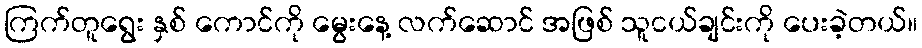
ကြက်တူရွေး နှစ် ကောင်ကို မွေးနေ့ လက်ဆောင် အဖြစ် သူငယ်ချင်းကို ပေးခဲ့တယ်။